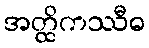
အတ္ထိကဿီဓ